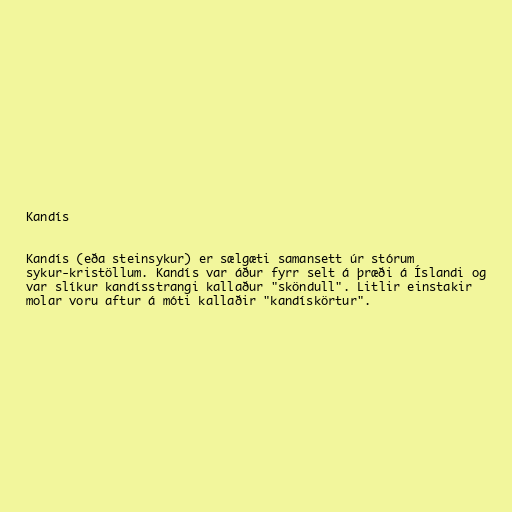
Kandís

Kandís (eða steinsykur) er sælgæti samansett úr stórum
sykur-kristöllum. Kandís var áður fyrr selt á þræði á Íslandi og
var slíkur kandísstrangi kallaður "sköndull". Litlir einstakir
molar voru aftur á móti kallaðir "kandískörtur".